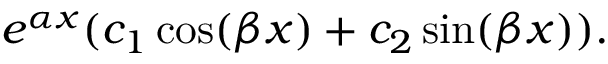
e ^ { \alpha x } ( c _ { 1 } \cos ( \beta x ) + c _ { 2 } \sin ( \beta x ) ) .